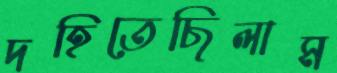
দহিতেছিলাম